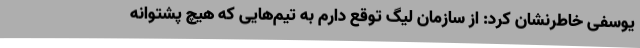
یوسفی خاطرنشان کرد: از سازمان لیگ توقع دارم به تیم‌هایی که هیچ پشتوانه